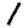
Digit: 1